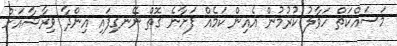
މަސައްކަތް ހަވާލު ކުރުމުން އެއިން ކަމެއް ފަށާނެ ގޮތް ނޭނގިފައި އިންދާ ވިރާޝާއަށް